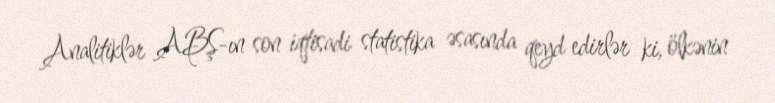
Analitiklər ABŞ-ın son iqtisadi statistika əsasında qeyd edirlər ki, ölkənin